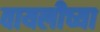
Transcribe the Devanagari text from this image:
वायलीच्या